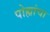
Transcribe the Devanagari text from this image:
पोह्यांचा